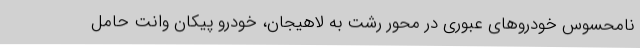
نامحسوس خودروهای عبوری در محور رشت به لاهیجان، خودرو پیکان وانت حامل